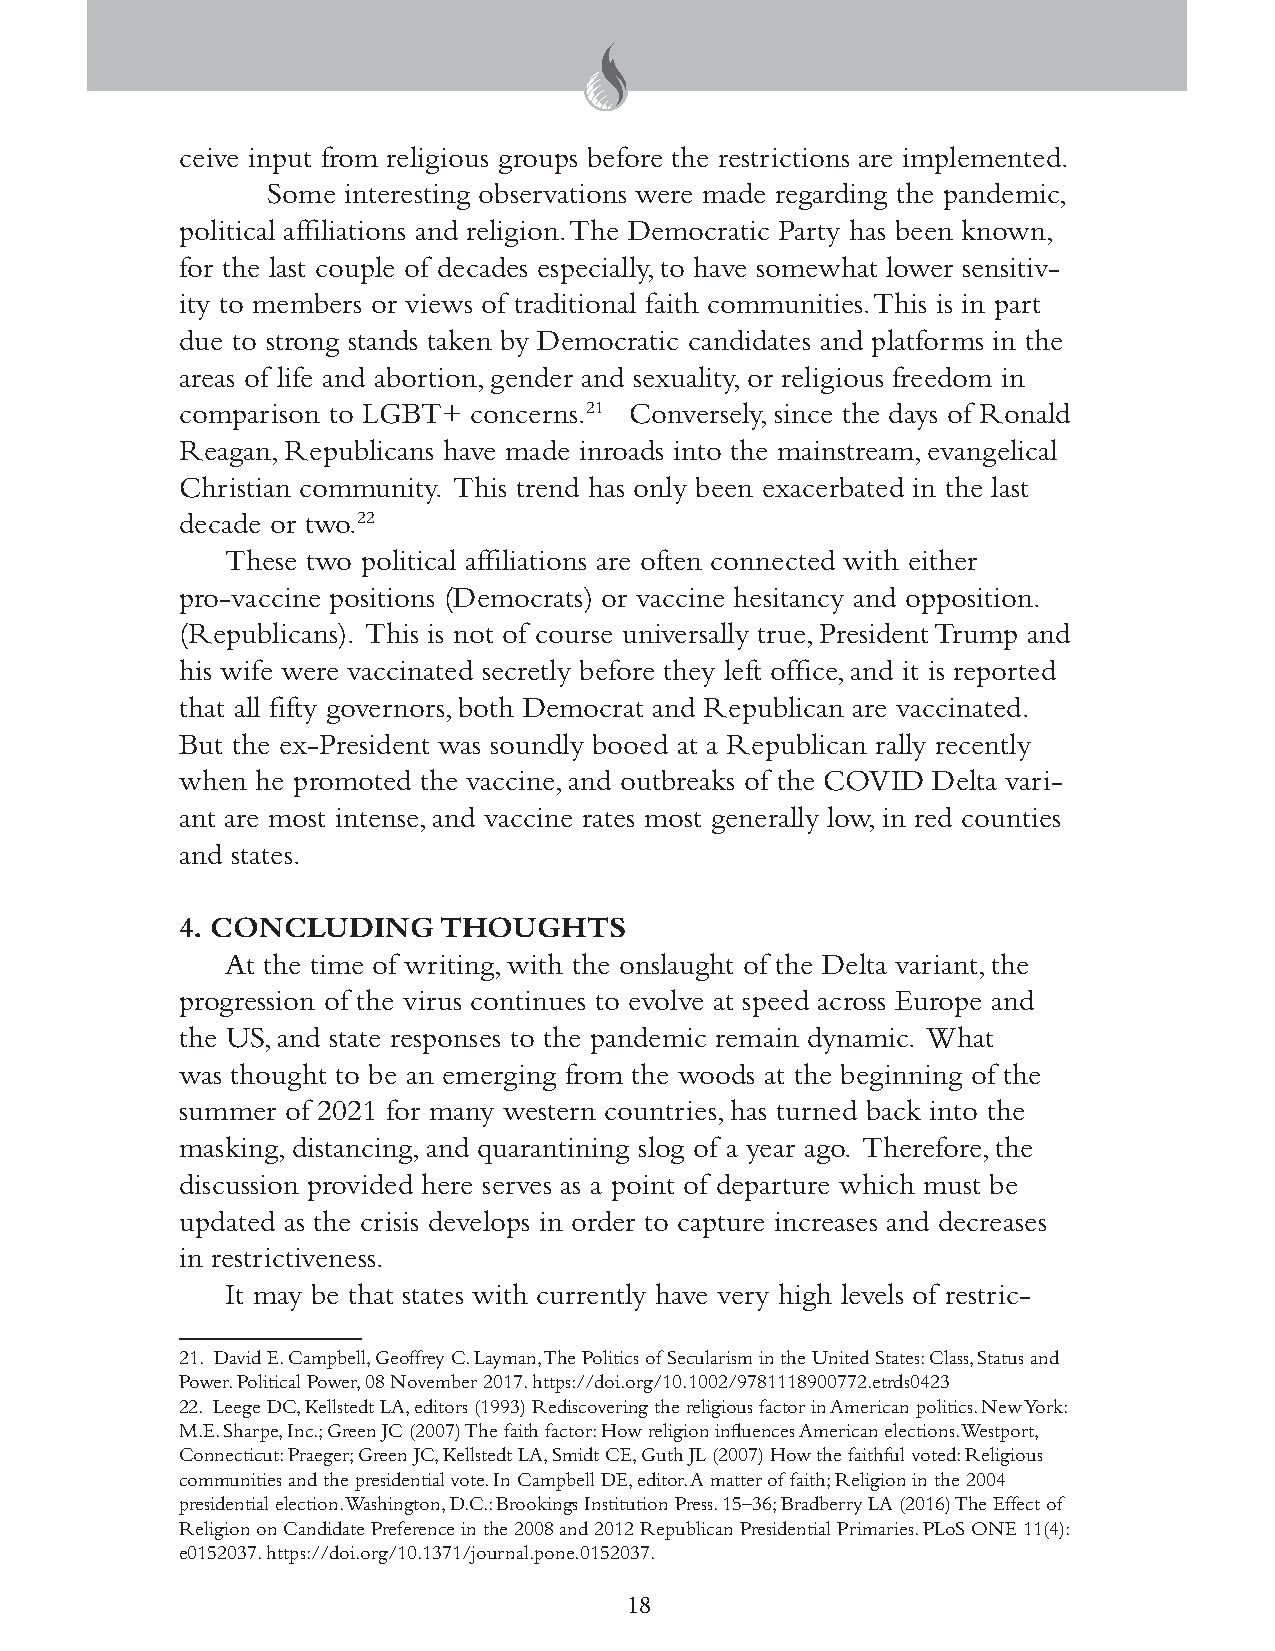
ceive input from religious groups before the restrictions are implemented.
 Some interesting observations were made regarding the pandemic,
 political affiliations and religion. The Democratic Party has been known,
 for the last couple of decades especially, to have somewhat lower sensitiv-
 ity to members or views of traditional faith communities. This is in part
 due to strong stands taken by Democratic candidates and platforms in the
 areas of life and abortion, gender and sexuality, or religious freedom in
 comparison to LGBT+ concerns.21 Conversely, since the days of Ronald
 Reagan, Republicans have made inroads into the mainstream, evangelical
 Christian community. This trend has only been exacerbated in the last
 decade or two.22
 These two political affiliations are often connected with either
 pro-vaccine positions (Democrats) or vaccine hesitancy and opposition.
 (Republicans). This is not of course universally true, President Trump and
 his wife were vaccinated secretly before they left office, and it is reported
 that all fifty governors, both Democrat and Republican are vaccinated.
 But the ex-President was soundly booed at a Republican rally recently
 when he promoted the vaccine, and outbreaks of the COVID Delta vari-
 ant are most intense, and vaccine rates most generally low, in red counties
 and states.
 4. CONCLUDING    THOUGHTS
 At the time of writing, with the onslaught of the Delta variant, the
 progression of the virus continues to evolve at speed across Europe and
 the US, and state responses to the pandemic remain dynamic. What
 was thought to be an emerging from the woods at the beginning of the
 summer of 2021 for many western countries, has turned back into the
 masking, distancing, and quarantining slog of a year ago. Therefore, the
 discussion provided here serves as a point of departure which must be
 updated as the crisis develops in order to capture increases and decreases
 in restrictiveness.
 It may be that states with currently have very high levels of restric-
 21. David E. Campbell, Geoffrey C. Layman, The Politics of Secularism in the United States: Class, Status and
 Power. Political Power, 08 November 2017. https://doi.org/10.1002/9781118900772.etrds0423
 22. Leege DC, Kellstedt LA, editors (1993) Rediscovering the religious factor in American politics. New York:
 M.E. Sharpe, Inc.; Green JC (2007) The faith factor: How religion influences American elections. Westport,
 Connecticut: Praeger; Green JC, Kellstedt LA, Smidt CE, Guth JL (2007) How the faithful voted: Religious
 communities and the presidential vote. In Campbell DE, editor. A matter of faith; Religion in the 2004
 presidential election. Washington, D.C.: Brookings Institution Press. 15–36; Bradberry LA (2016) The Effect of
 Religion on Candidate Preference in the 2008 and 2012 Republican Presidential Primaries. PLoS ONE 11(4):
 e0152037. https://doi.org/10.1371/journal.pone.0152037.
 18